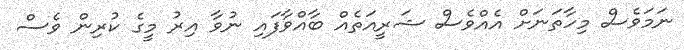
ނަމަވެސް މިހާތަނަށް އެއްވެސް ޝަރީއަތެއް ބާއްވާފައި ނުވާ އިރު މީގެ ކުރިން ވެސް